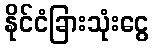
နိုင်ငံခြားသုံးငွေ